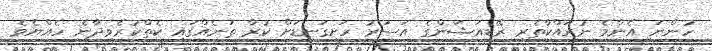
ހުންނަ އެންމެ ނުރައްކާތެރި ރޭޑިއަޝަންގެ އަސަރު ހަށިގަނޑަށް ކުރާ ތަނެއްގައި ކެތްކުރެވިދާނެ ހެއްޔެވެ